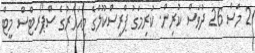
2 މަސް 26 ދުވަސް ކުރިން. ކުރިމަގު ޕްރީސްކޫލްގެ މިއަހަރުގެ ސްޕޯރޓްސް މީޓް